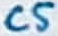
Text: C5